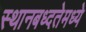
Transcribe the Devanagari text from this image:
स्थानबध्दतेमध्ये